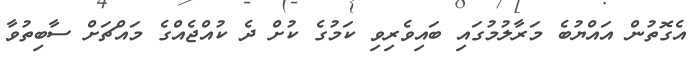
އެގޮތުން އައްޔުބެ މަރާލުމުގައި ބައިވެރިވި ކަމުގެ ކުށް ދެ ކުއްޖެއްގެ މައްޗަށް ސާބިތުވާ